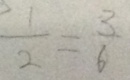
\frac { 1 } { 2 } = \frac { 3 } { 6 }